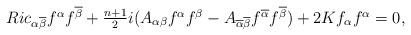
LaTeX: \begin{align*}\begin{array}[c]{c}Ric_{\alpha\overline{\beta}}f^{\alpha}f^{\overline{\beta}}+\frac{n+1}{2}i(A_{\alpha\beta}f^{\alpha}f^{\beta}-A_{\overline{\alpha}\overline{\beta}}f^{\overline{\alpha}}f^{\overline{\beta}})+2Kf_{\alpha}f^{\alpha}=0,\end{array}\end{align*}